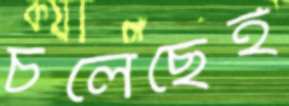
চলেছেই